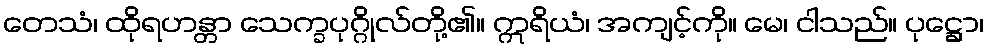
တေသံ၊ ထိုရဟန္တာ သေက္ခပုဂ္ဂိုလ်တို့၏။ ဣရိယံ၊ အကျင့်ကို။ မေ၊ ငါသည်။ ပုဋ္ဌော၊